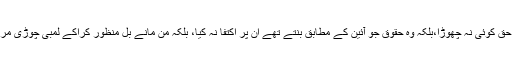
فرض کوئی ادا نہ کیا، لیکن حق کوئی نہ چھوڑا،بلکہ وہ حقوق جو آئین کے مطابق بنتے تھے ان پر اکتفا نہ کیا، بلکہ من مانے بل منظور کراکے لمبی چوڑی مراعات تاحیات حاصل کرلیں ۔